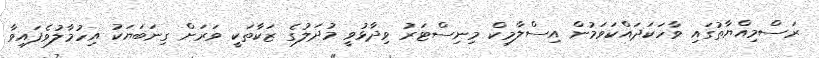
ރަސްމިއްޔާތުގައި ވާހަކަދައްކަވަމުން އިސްލާމިކް މިނިސްޓަރު ވިދާޅުވީ މުދަލުގެ ޒަކާތަކީ ވަރަށް ގިނަބަޔަކު އިހުމާލުވެފައިވާ